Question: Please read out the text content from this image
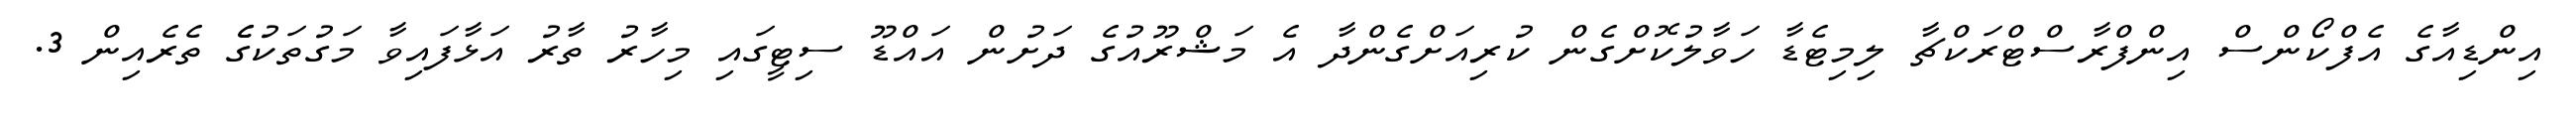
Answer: އިންޑިއާގެ އެފްކޯންސް އިންފްރާސްޓްރަކްޗާ ލިމިޓެޑާ ހަވާލުކޮށްގެން ކުރިއަށްގެންދާ އެ މަޝްރޫއުގެ ދަށުން އައްޑޫ ސިޓީގައި މިހާރު ތާރު އަޅާފައިވާ މަގުތަކުގެެ ތެރެއިން 3.